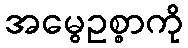
အမွေဥစ္စာကို